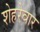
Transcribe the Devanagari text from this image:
शेहरेवार